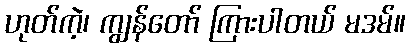
ဟုတ်ကဲ့၊ ကျွန်တော် ကြားပါတယ် မဒမ်။